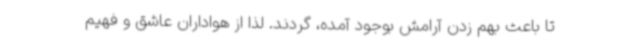
تا باعث بهم زدن آرامش بوجود آمده، گردند. لذا از هواداران عاشق و فهیم